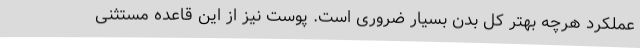
عملکرد هرچه بهتر کل بدن بسیار ضروری است. پوست نیز از این قاعده مستثنی